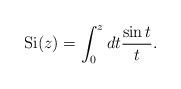
\begin{align*}{\rm Si}(z) =\int_0^z dt {\sin t\over t}.\end{align*}